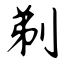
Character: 剃